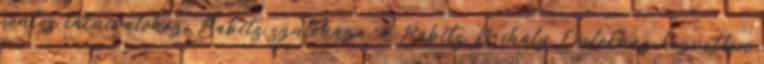
fontos látnivalóhoz: Babits szülőháza, a Babits Mihály Emlékház közvetlen